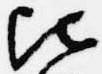
比